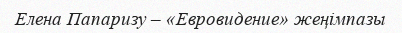
Елена Папаризу – «Евровидение» жеңімпазы